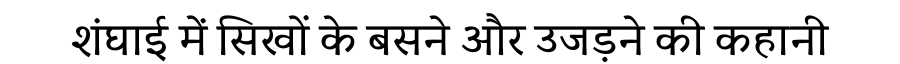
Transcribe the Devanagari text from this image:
शंघाई में सिखों के बसने और उजड़ने की कहानी